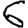
Digit: 6